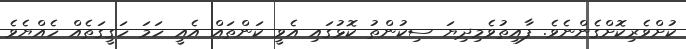
ކުށްވެރިކޮށްގެންނެވެ. ފާއިތުވެމިދިޔަ ސިކުންތު ކޮޅުގައި އެވީ ކަންތައް އެއީ ހަމަ ހަގީގަތެއް ހެއްޔެވެ